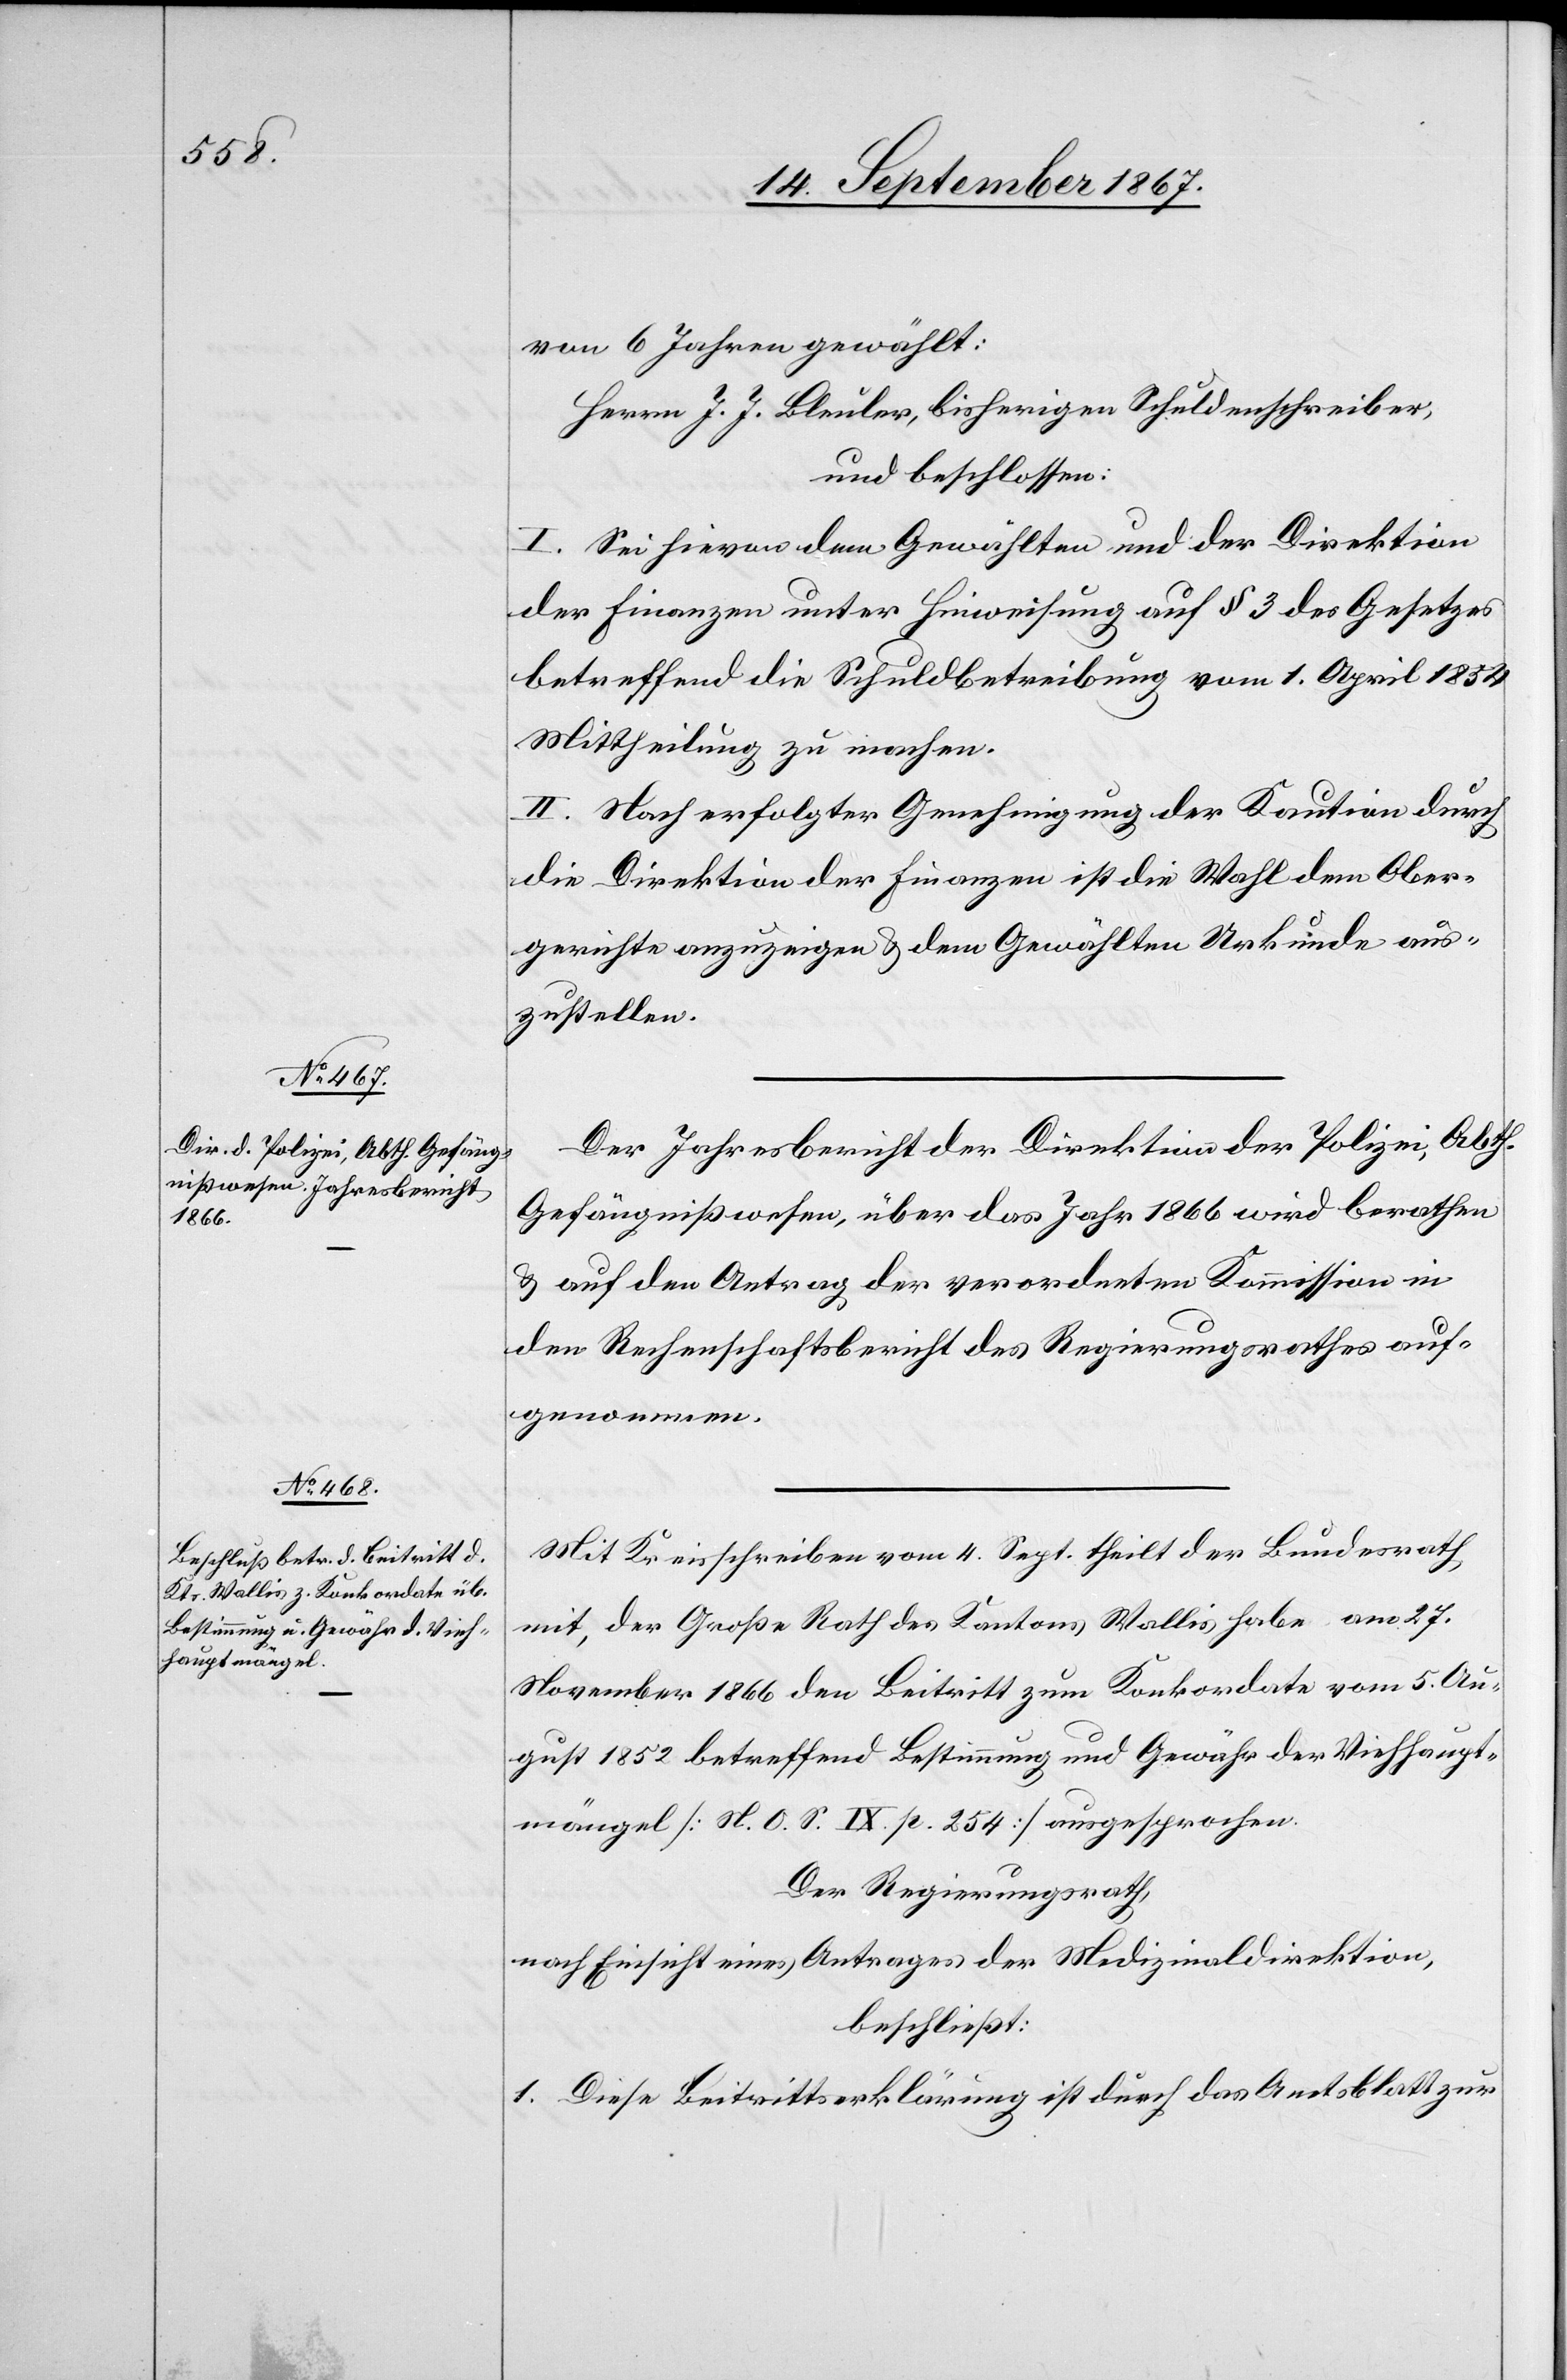
von 6 Jahren gewählt:
Herrn J. J. Bleuler, bisheriger Schuldenschreiber,
und beschlossen:
I. Sei hievon dem Gewählten und der Direktion
der Finanzen unter Hinweisung auf § 3 des Gesetzes
betreffend die Schuldentreibung vom 1. April 1854
Mittheilung zu machen.
Der Jahresbericht der Direktion der Polizei, Abth.
Gefängnißwesen, über das Jahr 1866 wird berathen
u. auf den Antrag der verordneten Kommission in
den Rechenschaftsbericht des Regierungsrathes auf¬
genommen.
Mit Kreisschreiben vom 4. Sept. theilt der Bundesrath
mit, der Große Rath des Kantons Wallis habe am 27.
November 1866 den Beitritt zum Konkordate vom 5. Au¬
gust 1852 betreffend Bestimmung und Gewähr der Viehhaupt¬
mängel [N.O.S. IX p. 254] ausgesprochen.
Der Regierungsrath,
nach Einsicht eines Antrages der Medizinaldirektion,
beschließt:
1. Diese Beitrittserklärung ist durch das Amtsblatt zur